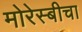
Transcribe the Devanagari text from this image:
मोरेस्बीचा